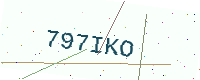
Text: 797IKO